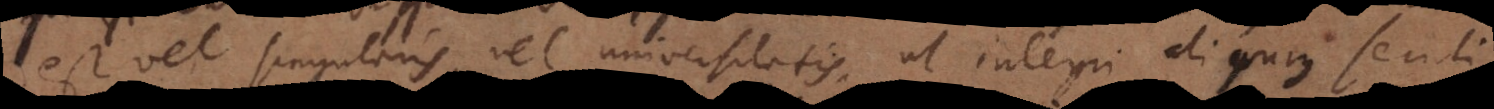
est vel singularis, vel universitatis, ut integri alicujus seculi,